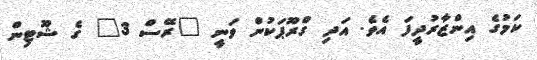
ކަމުގެ އިންޒާރުދީފަ އެވެ. އަދި ގްރޫޕަކުން ވަނީ "ރޭސް 3" ގެ ޝޫޓިން